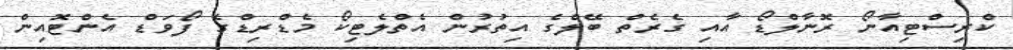
ކްރިސްޓިއާނޯ ރޮނާލްޑޯ އާއި ގެރެތް ބޭލްގެ އިތުރުން އެތްލެޓިކޯ މެޑްރިޑްގެ ފޯވަޑް އެންޓޮއިން